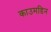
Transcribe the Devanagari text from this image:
काउमडिन